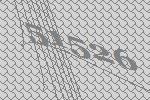
51526